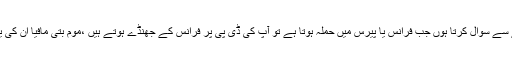
آخر پر میں نام نہاد سیکولر طبقے سے سوال کرتا ہوں جب فرانس یا پیرس میں حملہ ہوتا ہے تو آپ کی ڈی پی پر فرانس کے جھنڈے ہوتے ہیں ،موم بتی مافیا ان کی یاد میں موم بتیاں روشن کرتی ہے۔